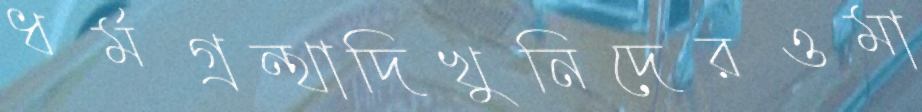
ধর্মগ্রন্থাদিখুনিদেরওমা